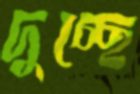
দুচ্ছে